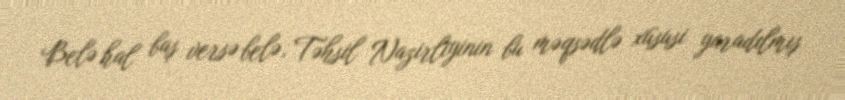
Belə hal baş versə belə, Təhsil Nazirliyinin bu məqsədlə xüsusi yaradılmış